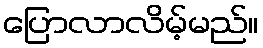
ပြောလာလိမ့်မည်။